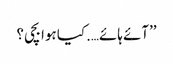
’’آئے ہائے….کیا ہوا بچی؟